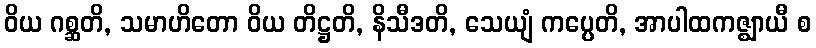
ဝိယ ဂစ္ဆတိ, သမာဟိတော ဝိယ တိဋ္ဌတိ, နိသီဒတိ, သေယျံ ကပ္ပေတိ, အာပါထကဇ္ဈာယီ စ